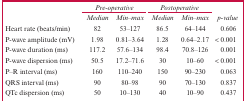
<table><thead><tr><td rowspan="2"></td><td colspan="2"><b><i>Pre-operative</i></b></td><td colspan="2"><b><i>Postoperative</i></b></td><td rowspan="2"><b><i>p-value</i></b></td></tr><tr><td><b><i>Median</i></b></td><td><b><i>Min–max</i></b></td><td><b><i>Median</i></b></td><td><b><i>Min–max</i></b></td></tr></thead><tbody><tr><td>Heart rate (beats/min)</td><td>82</td><td>53–127</td><td>86.5</td><td>64–144</td><td>0.606</td></tr><tr><td>P-wave amplitude (mV)</td><td>1.98</td><td>0.81–3.64</td><td>1.28</td><td>0.64–2.17</td><td>&lt; 0.001</td></tr><tr><td>P-wave duration (ms)</td><td>117.2</td><td>57.6–134</td><td>98.4</td><td>70.8–126</td><td>0.001</td></tr><tr><td>P-wave dispersion (ms)</td><td>50.5</td><td>17.2–71.6</td><td>30</td><td>10–60</td><td>&lt; 0.001</td></tr><tr><td>P–R interval (ms)</td><td>160</td><td>110–240</td><td>150</td><td>90–230</td><td>0.063</td></tr><tr><td>QRS interval (ms)</td><td>90</td><td>80–98</td><td>90</td><td>70–130</td><td>0.837</td></tr><tr><td>QTc dispersion (ms)</td><td>50</td><td>10–130</td><td>40</td><td>10–90</td><td>0.437</td></tr></tbody></table>